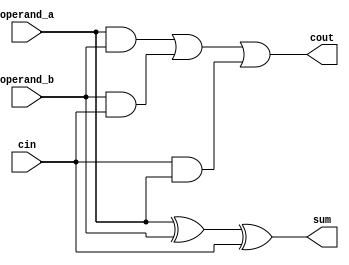
`timescale 1ns / 1ps


/*********************************************************************
* Module: FA.v
* Project: Single Cycle RISC-V
* Description: This is the Full Adder module
* Change history:	25/10/2019 - File Created
*                    	27/10/2019 - Edited and corrected by Haitham Samir
*			6/11/2019 - Edited and corrected by Kareem Alansary
*			and Mahmoud Ghidan
*********************************************************************/

module FA(
    input operand_a,operand_b,cin,
    output sum,cout
    );
    
    assign cout = (operand_a & operand_b) | (operand_b & cin) | (cin & operand_a);
    assign sum = operand_a ^ operand_b ^ cin;
endmodule